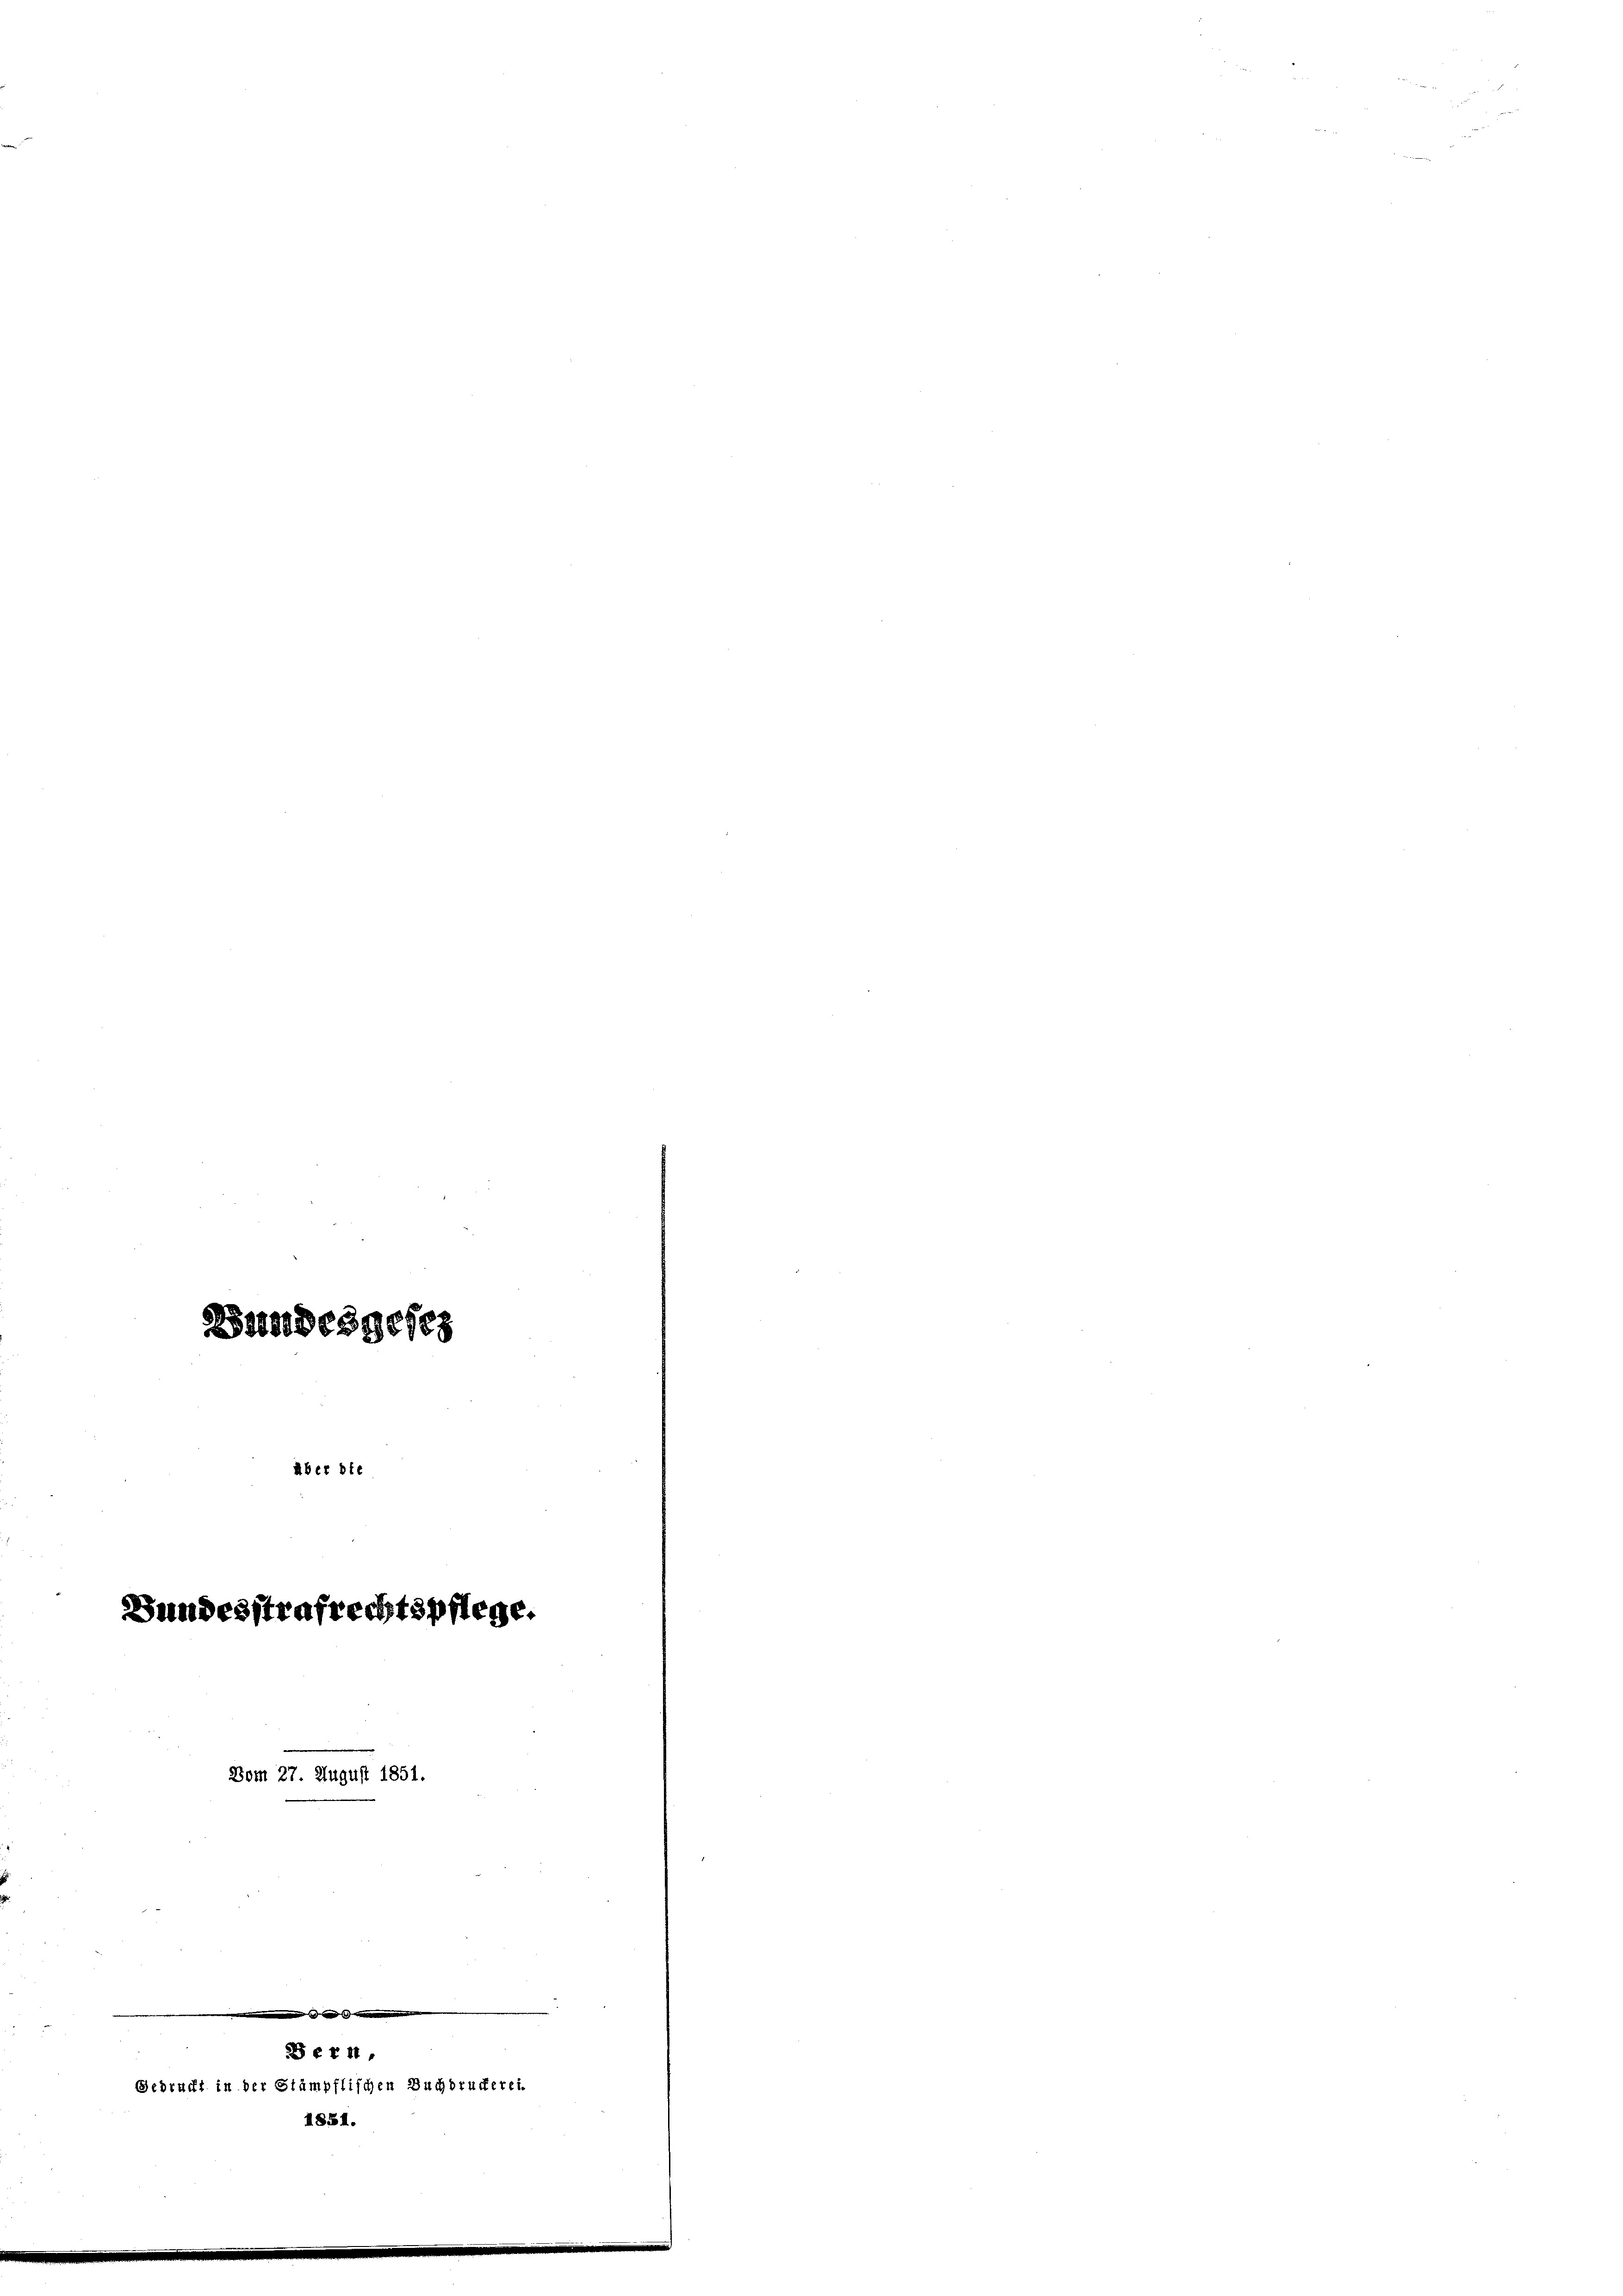
Bundesstrafrechtspflege.
Bom 27. August 1851.

1851.

Bundesgeseg
über die

Bern,
Gedruckt in der Stämpflischen Buchdruckerei.